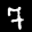
Label: 7